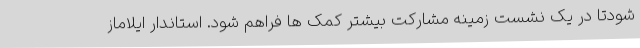
شودتا در یک نشست زمینه مشارکت بیشتر کمک ها فراهم شود. استاندار ایلاماز